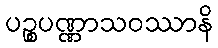
ပဉ္စပဏ္ဏာသဝဿာနိ